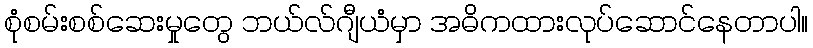
စုံစမ်းစစ်ဆေးမှုတွေ ဘယ်လ်ဂျီယံမှာ အဓိကထားလုပ်ဆောင်နေတာပါ။